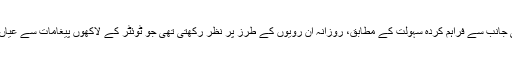
ڈیٹامائنر کی جانب سے فراہم کردہ سہولت کے مطابق، روزانہ اُن رویوں کے طرز پر نظر رکھتی تھی جو ٹوئٹر کے لاکھوں پیغامات سے عیاں ہوتے تھے۔